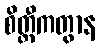
စိတ္တီကတွာန